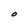
Character: O